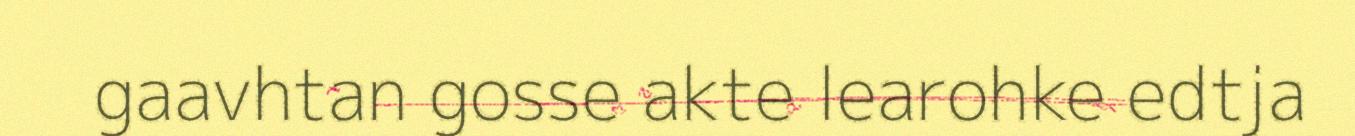
gaavhtan gosse akte learohke edtja